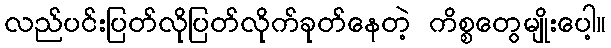
လည်ပင်းပြတ်လိုပြတ်လိုက်ခုတ်နေတဲ့ ကိစ္စတွေမျိုးပေါ့။